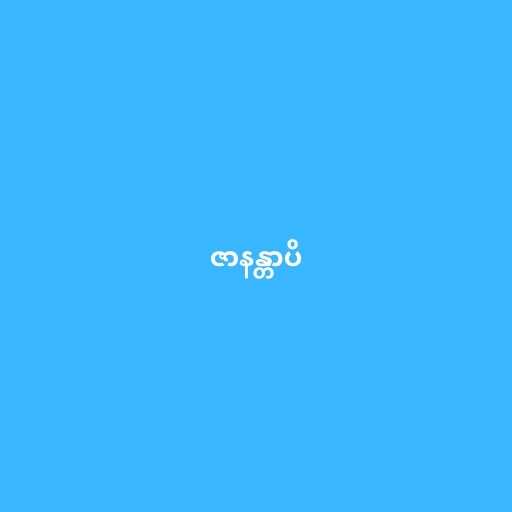
ဇာနန္တာပိ